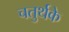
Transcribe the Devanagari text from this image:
चतुर्थके